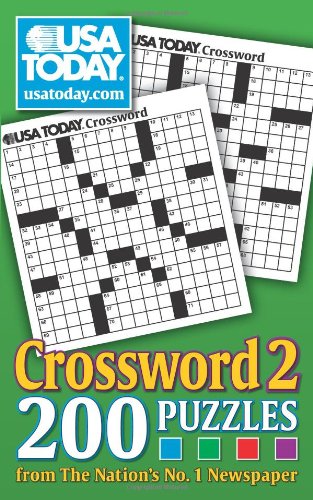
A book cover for USA TODAY Crossword 2: 200 Puzzles from The Nations No. 1 Newspaper (USA Today Crosswords); USA TODAY; Humor & Entertainment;